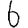
Digit: 6